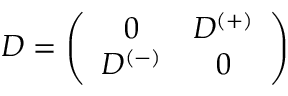
D = \left( \begin{array} { c c } { { 0 } } & { { D ^ { ( + ) } } } \\ { { D ^ { ( - ) } } } & { { 0 } } \end{array} \right)